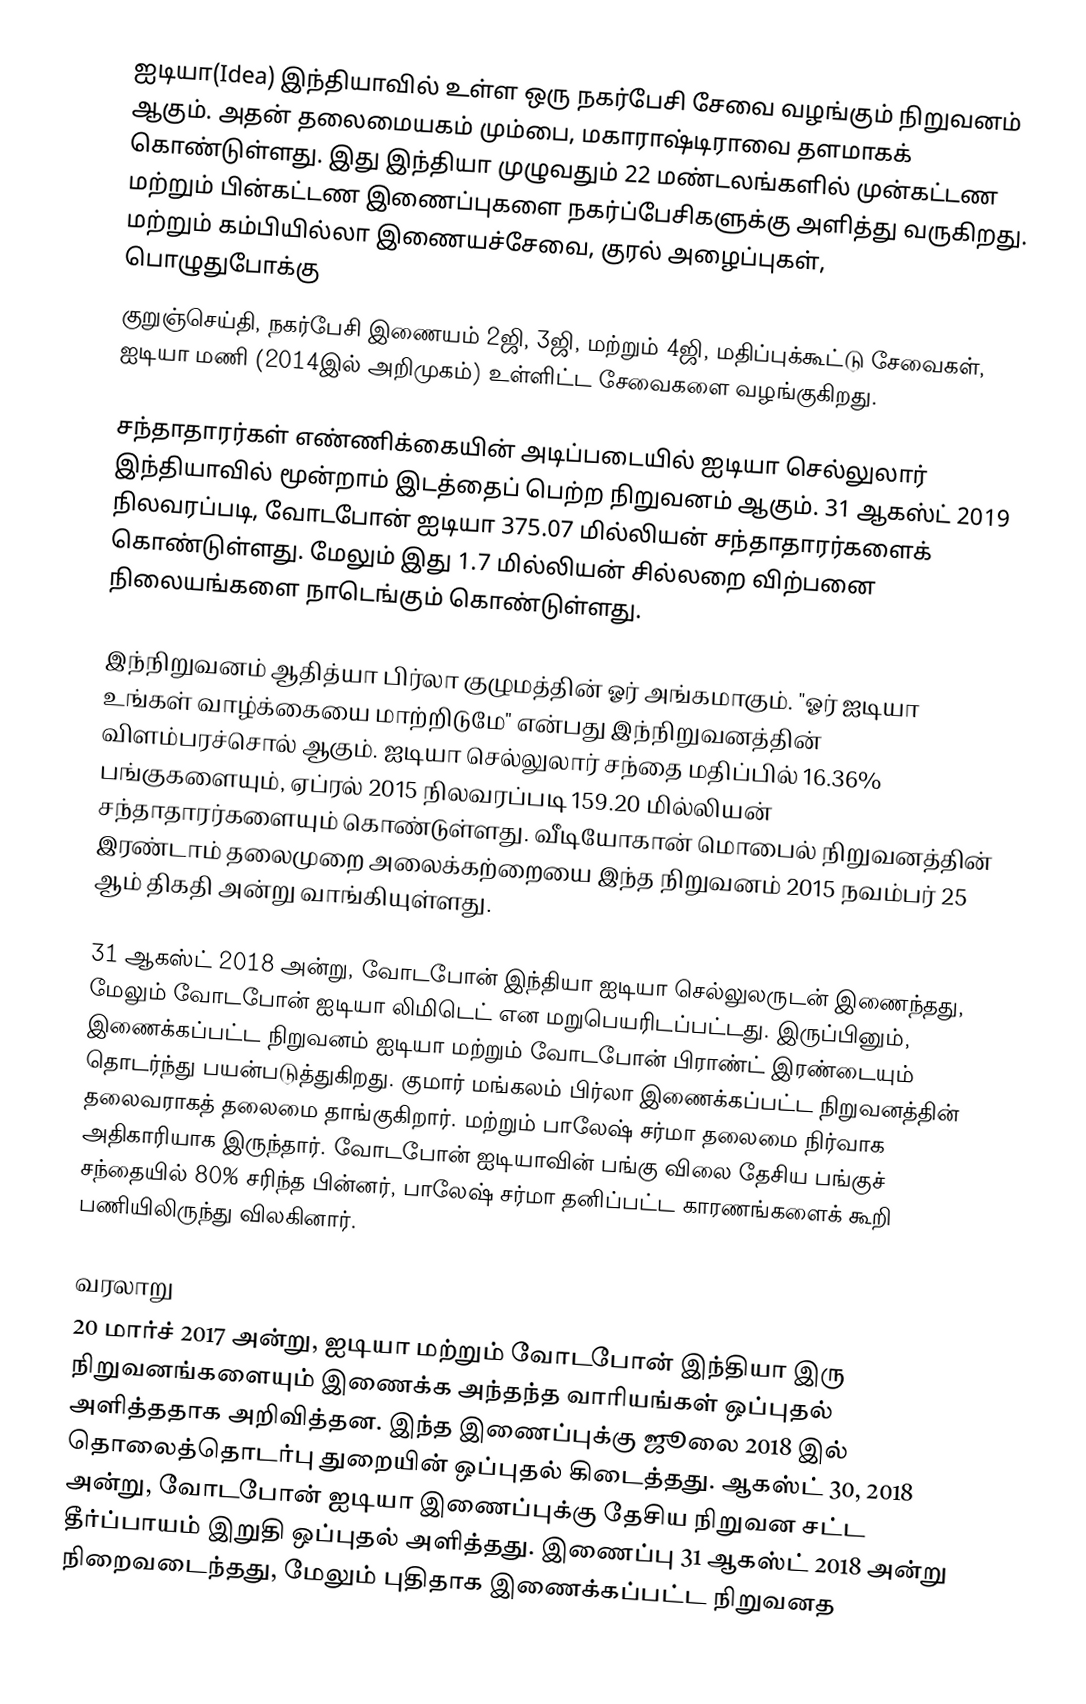
ஐடியா(Idea)  இந்தியாவில் உள்ள ஒரு நகர்பேசி சேவை வழங்கும் நிறுவனம் ஆகும். அதன் தலைமையகம் மும்பை, மகாராஷ்டிராவை தளமாகக் கொண்டுள்ளது. இது இந்தியா முழுவதும் 22 மண்டலங்களில் முன்கட்டண மற்றும் பின்கட்டண இணைப்புகளை நகர்ப்பேசிகளுக்கு அளித்து வருகிறது. மற்றும் கம்பியில்லா இணையச்சேவை, குரல் அழைப்புகள், பொழுதுபோக்கு
குறுஞ்செய்தி, நகர்பேசி இணையம் 2ஜி, 3ஜி, மற்றும் 4ஜி, மதிப்புக்கூட்டு சேவைகள், ஐடியா மணி (2014இல் அறிமுகம்) உள்ளிட்ட சேவைகளை வழங்குகிறது.

சந்தாதாரர்கள்  எண்ணிக்கையின் அடிப்படையில் ஐடியா செல்லுலார் இந்தியாவில் மூன்றாம் இடத்தைப் பெற்ற நிறுவனம் ஆகும். 31 ஆகஸ்ட் 2019 நிலவரப்படி, வோடபோன் ஐடியா 375.07 மில்லியன் சந்தாதாரர்களைக் கொண்டுள்ளது.  மேலும் இது 1.7 மில்லியன் சில்லறை விற்பனை நிலையங்களை நாடெங்கும் கொண்டுள்ளது.

இந்நிறுவனம் ஆதித்யா பிர்லா குழுமத்தின்  ஓர் அங்கமாகும். "ஓர் ஐடியா உங்கள் வாழ்க்கையை மாற்றிடுமே" என்பது இந்நிறுவனத்தின் விளம்பரச்சொல் ஆகும். ஐடியா செல்லுலார் சந்தை மதிப்பில் 16.36% பங்குகளையும், ஏப்ரல் 2015 நிலவரப்படி 159.20 மில்லியன் சந்தாதாரர்களையும் கொண்டுள்ளது. வீடியோகான் மொபைல் நிறுவனத்தின் இரண்டாம் தலைமுறை அலைக்கற்றையை இந்த நிறுவனம் 2015 நவம்பர் 25 ஆம் திகதி அன்று வாங்கியுள்ளது.

31 ஆகஸ்ட் 2018 அன்று, வோடபோன் இந்தியா ஐடியா செல்லுலருடன் இணைந்தது, மேலும் வோடபோன் ஐடியா லிமிடெட் என மறுபெயரிடப்பட்டது. இருப்பினும், இணைக்கப்பட்ட நிறுவனம் ஐடியா மற்றும் வோடபோன் பிராண்ட் இரண்டையும் தொடர்ந்து பயன்படுத்துகிறது. குமார் மங்கலம் பிர்லா இணைக்கப்பட்ட நிறுவனத்தின் தலைவராகத் தலைமை தாங்குகிறார். மற்றும் பாலேஷ் சர்மா தலைமை நிர்வாக அதிகாரியாக இருந்தார். வோடபோன் ஐடியாவின் பங்கு விலை தேசிய பங்குச் சந்தையில் 80% சரிந்த பின்னர், பாலேஷ் சர்மா தனிப்பட்ட காரணங்களைக் கூறி பணியிலிருந்து விலகினார்.

வரலாறு
20 மார்ச் 2017 அன்று, ஐடியா மற்றும் வோடபோன் இந்தியா இரு நிறுவனங்களையும் இணைக்க அந்தந்த வாரியங்கள் ஒப்புதல் அளித்ததாக அறிவித்தன. இந்த இணைப்புக்கு ஜூலை 2018 இல் தொலைத்தொடர்பு துறையின் ஒப்புதல் கிடைத்தது. ஆகஸ்ட் 30, 2018 அன்று, வோடபோன் ஐடியா இணைப்புக்கு தேசிய நிறுவன சட்ட தீர்ப்பாயம் இறுதி ஒப்புதல் அளித்தது. இணைப்பு 31 ஆகஸ்ட் 2018 அன்று நிறைவடைந்தது, மேலும் புதிதாக இணைக்கப்பட்ட நிறுவனத